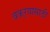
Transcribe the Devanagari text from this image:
बकर्‍यासाठी